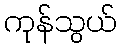
ကုန်သွယ်